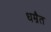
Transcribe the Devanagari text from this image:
धम्रैत